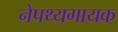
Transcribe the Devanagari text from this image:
नेपथ्यगायक